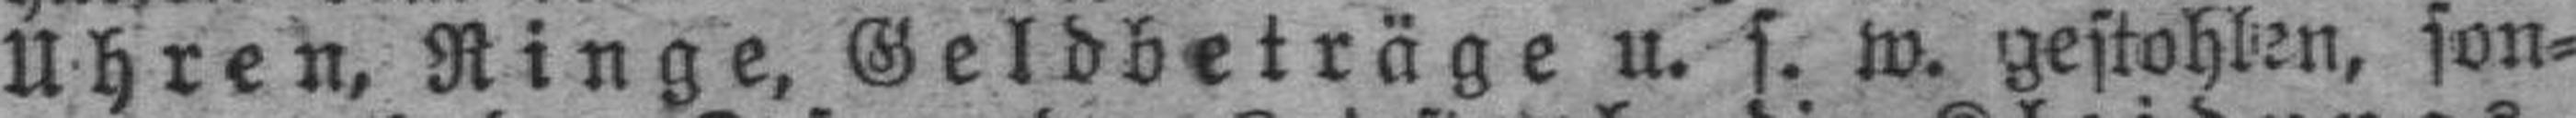
Uhren, Ringe, Geldbeträge u. s. w. gestohlen, son¬